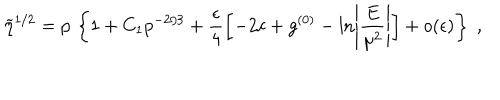
\widetilde { \eta } ^ { 1 / 2 } = p \, \left\{ 1 + C _ { 1 } p ^ { - 2 / 3 } + \frac { \epsilon } { 4 } \left[ - 2 c + g ^ { ( 0 ) } - \ln \left| \frac { E } { \mu ^ { 2 } } \right| \right] + o ( \epsilon ) \right\} \; ,